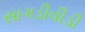
સાગડીવીડી